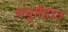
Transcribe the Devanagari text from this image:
मधुमेहात